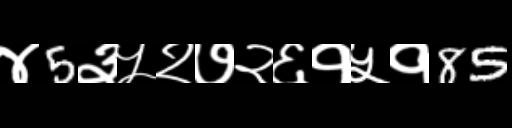
Text: ४5३५२७२६१५१85